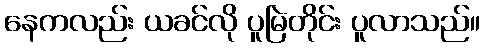
နေကလည်း ယခင်လို ပူမြဲတိုင်း ပူလာသည်။